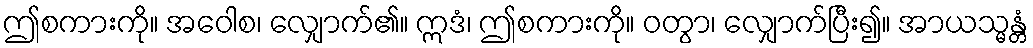
ဤစကားကို။ အဝေါစ၊ လျှောက်၏။ ဣဒံ၊ ဤစကားကို။ ဝတွာ၊ လျှောက်ပြီး၍။ အာယသ္မန္တံ